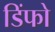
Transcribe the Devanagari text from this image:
डिंफो